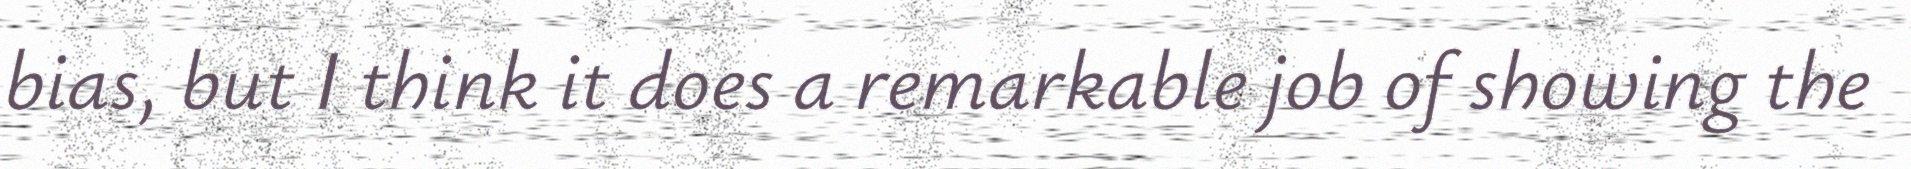
bias, but I think it does a remarkable job of showing the